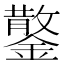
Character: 𮣂